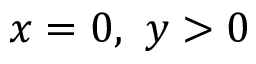
x = 0 , \ y > 0